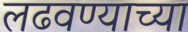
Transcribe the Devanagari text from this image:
लढवण्याच्या